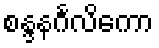
စန္ဒနင်္ဂလိကော